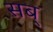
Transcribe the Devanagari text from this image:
सब्